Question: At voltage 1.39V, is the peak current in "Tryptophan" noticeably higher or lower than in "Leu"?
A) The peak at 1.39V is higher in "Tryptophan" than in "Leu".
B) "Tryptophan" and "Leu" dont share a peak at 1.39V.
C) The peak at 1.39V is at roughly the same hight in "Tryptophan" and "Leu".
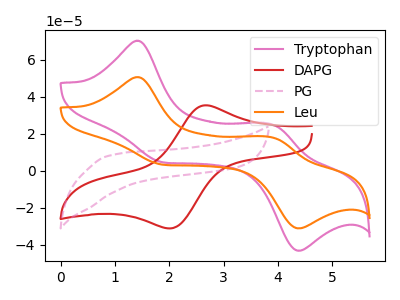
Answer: <think>The pink curve "Tryptophan" has anodic peaks at (1.40V, 70.25uA) (3.90V, 25.10uA) and cathodic peaks at (1.95V, 4.45uA) (4.40V, -43.15uA). The red curve "DAPG" has an anodic peak at (2.65V, 35.35uA) and a cathodic peak at (2.00V, -31.15uA). The pink dashed curve "PG" has no peaks. The orange curve "Leu" has anodic peaks at (1.40V, 50.65uA) (3.90V, 18.05uA) and cathodic peaks at (1.95V, 3.20uA) (4.40V, -31.10uA).</think>
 <answer>A) The peak at 1.39V is higher in "Tryptophan" than in "Leu".</answer>
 <eval>A</eval>